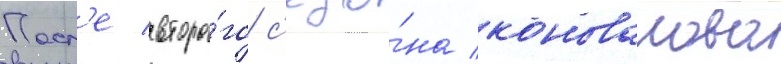
Посл'е второ́го с'езо́на коновалова